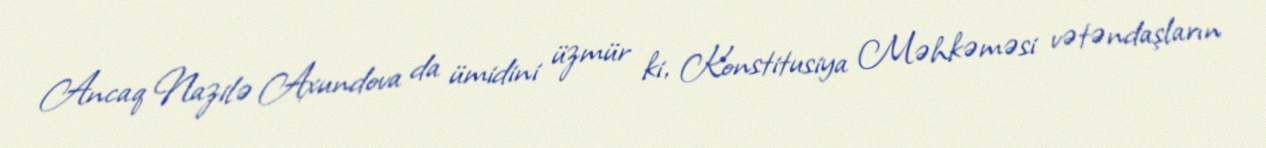
Ancaq Nazilə Axundova da ümidini üzmür ki, Konstitusiya Məhkəməsi vətəndaşların